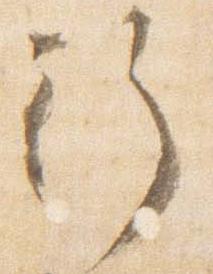
行